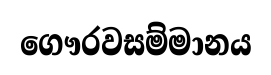
ගෞරවසම්මානය